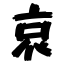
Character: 哀